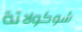
شوكولاتة